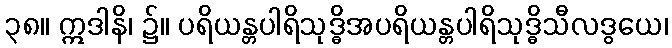
၃၈။ ဣဒါနိ၊ ၌။ ပရိယန္တပါရိသုဒ္ဓိအပရိယန္တပါရိသုဒ္ဓိသီလဒွယေ၊